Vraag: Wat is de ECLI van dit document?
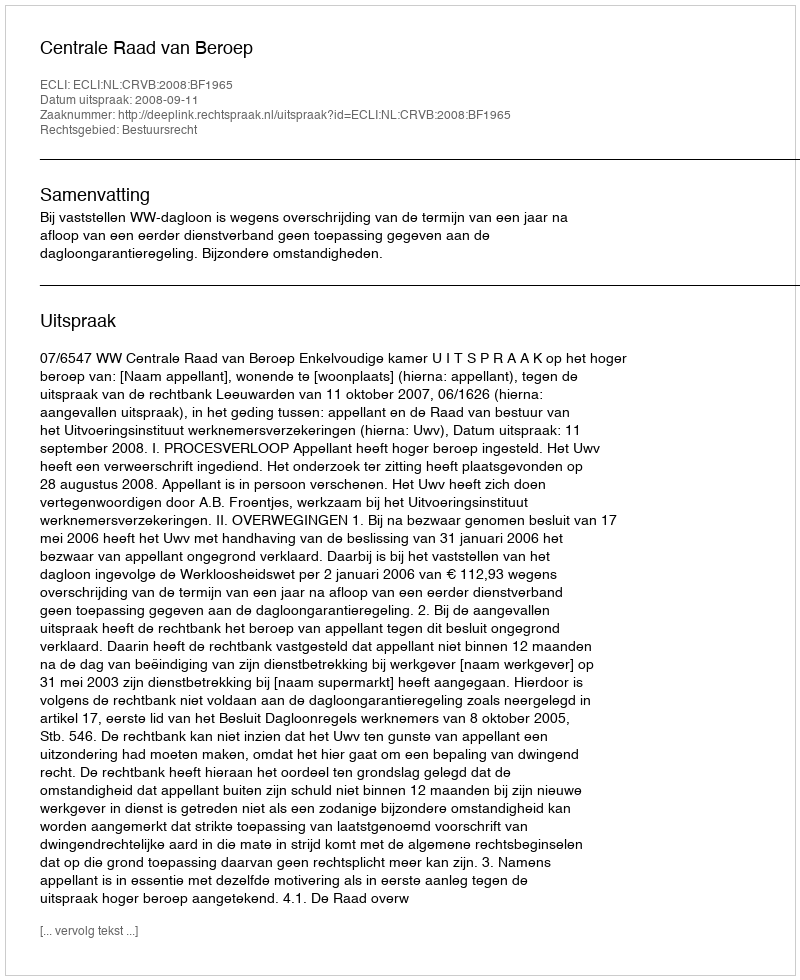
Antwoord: ECLI:NL:CRVB:2008:BF1965